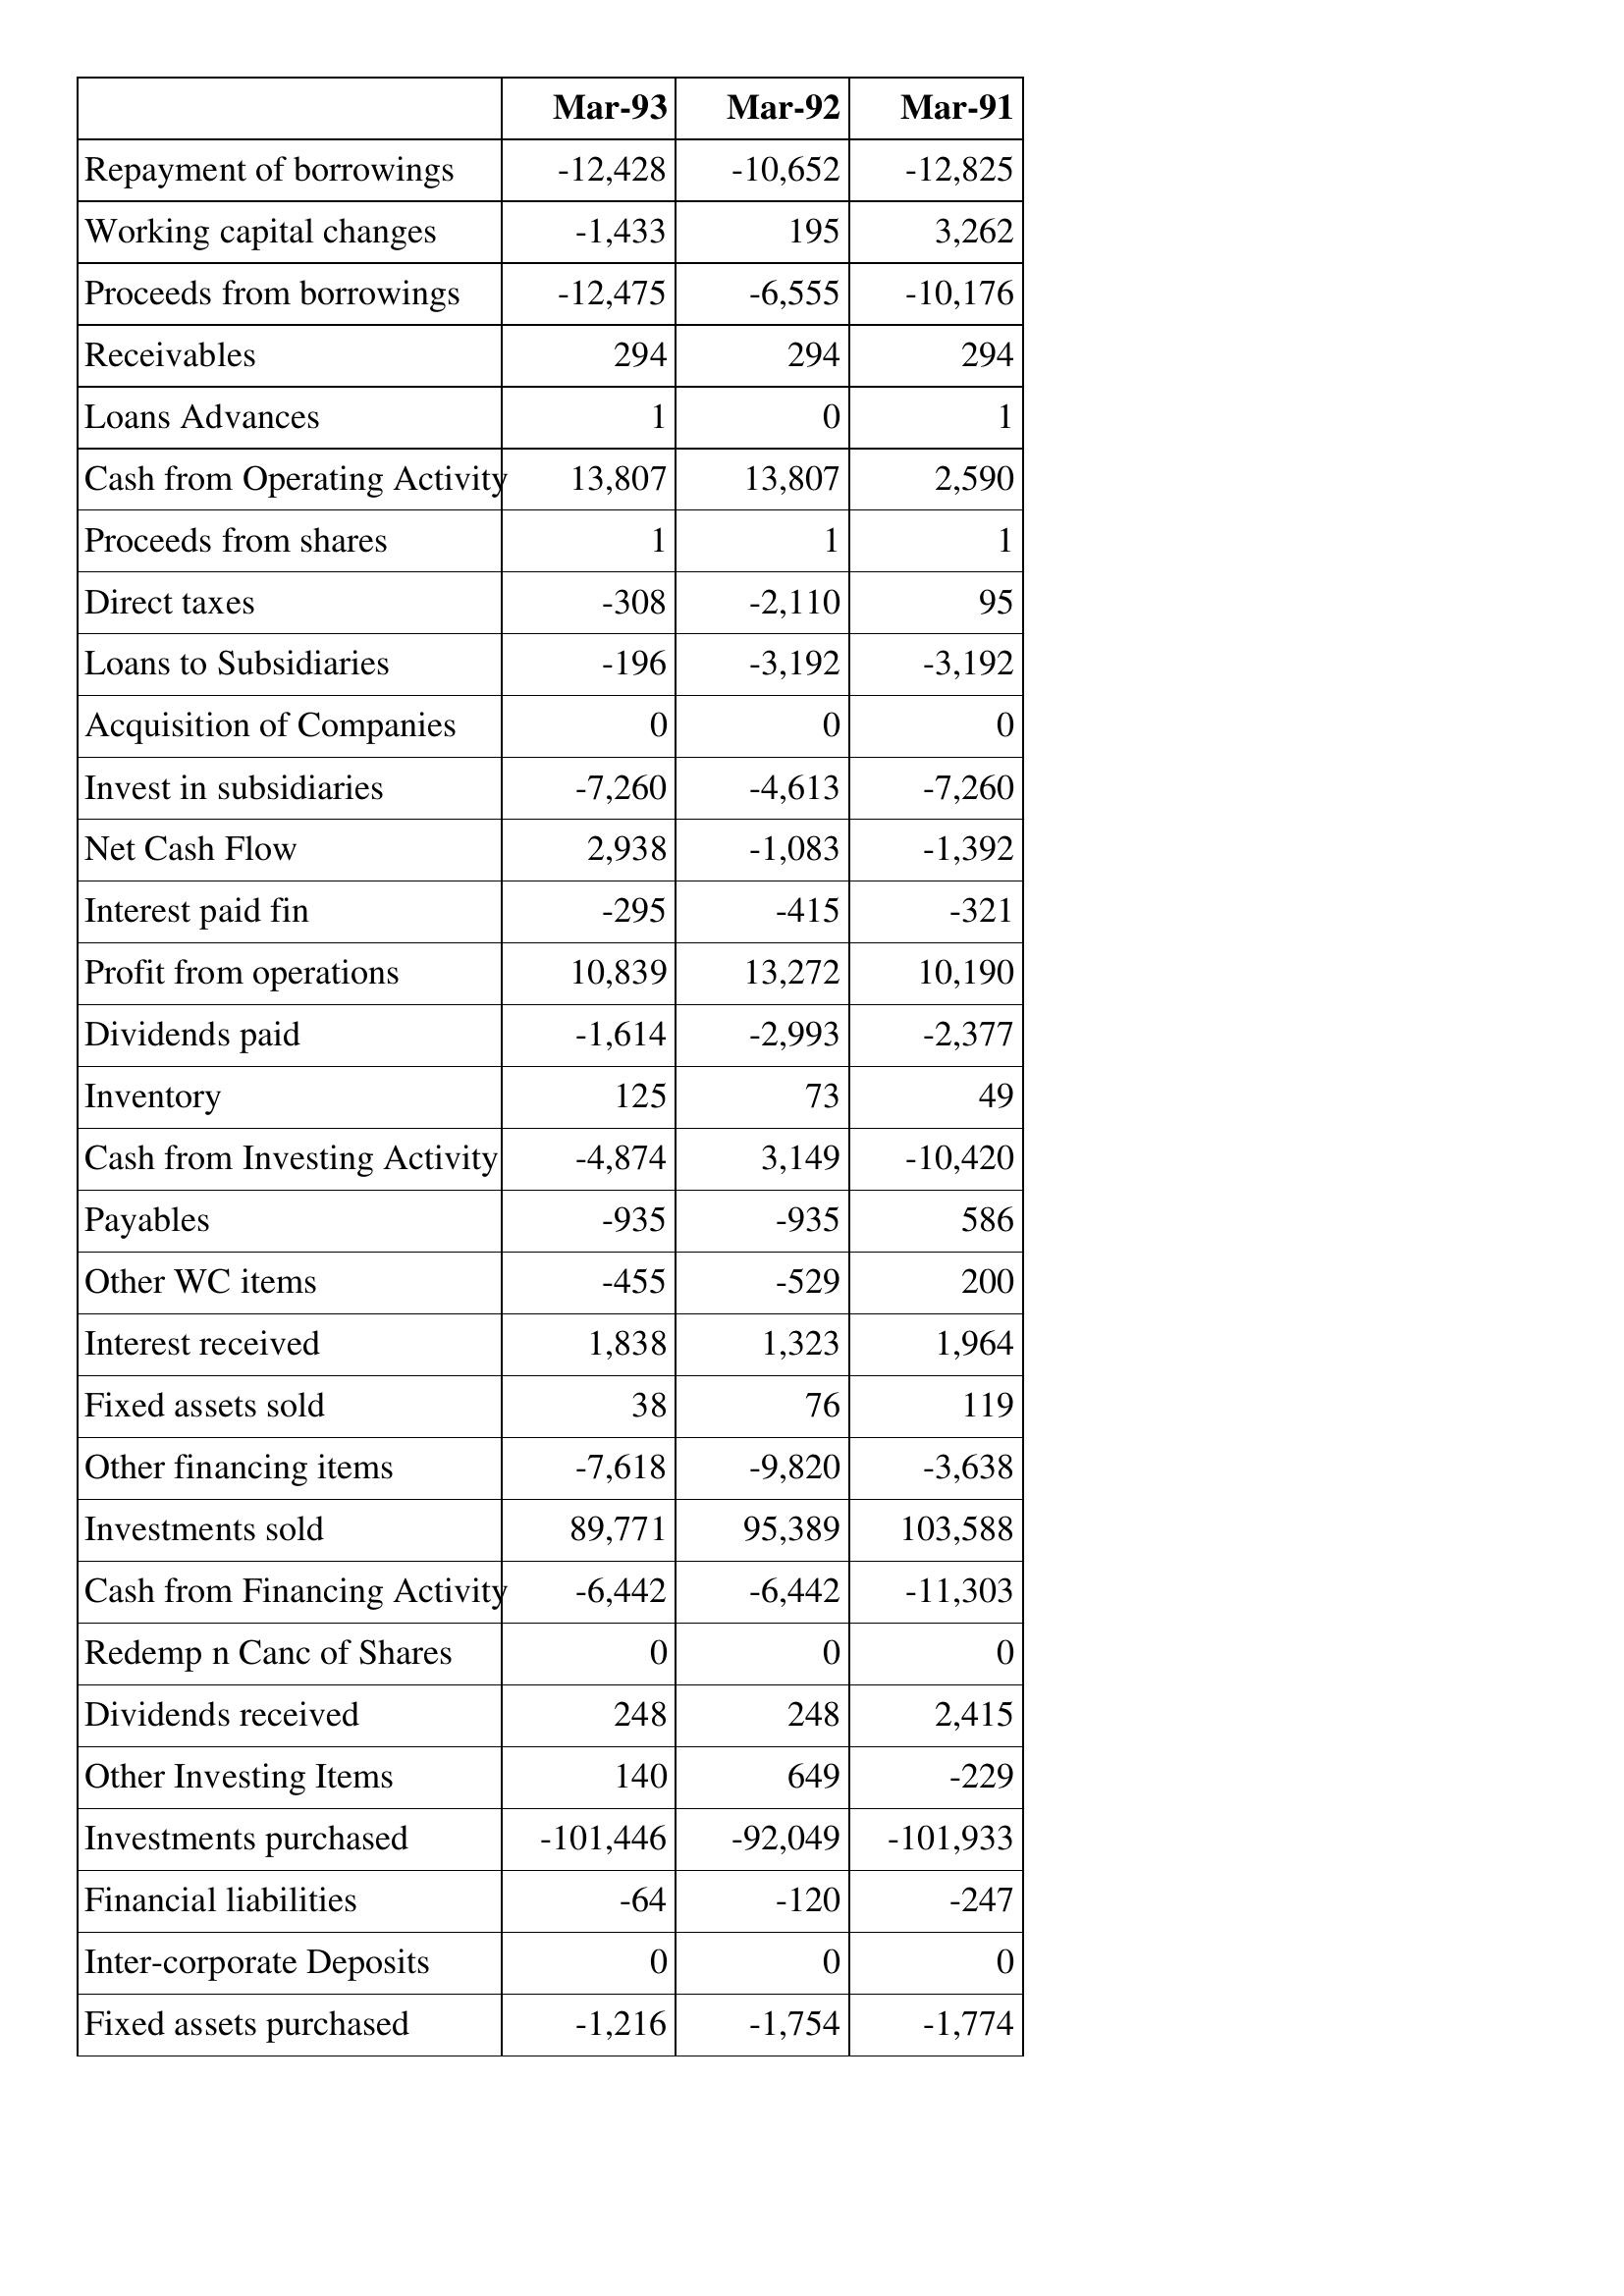
Mar-93: Cash Flows: Repayment of borrowings: -12,428
Working capital changes: -1,433
Proceeds from borrowings: -12,475
Receivables: 294
Loans Advances: 1
Cash from Operating Activity: 13,807
Proceeds from shares: 1
Direct taxes: -308
Loans to Subsidiaries: -196
Acquisition of Companies: 0
Invest in subsidiaries: -7,260
Net Cash Flow: 2,938
Interest paid fin: -295
Profit from operations: 10,839
Dividends paid: -1,614
Inventory: 125
Cash from Investing Activity: -4,874
Payables: -935
Other WC items: -455
Interest received: 1,838
Fixed assets sold: 38
Other financing items: -7,618
Investments sold: 89,771
Cash from Financing Activity: -6,442
Redemp n Canc of Shares: 0
Dividends received: 248
Other Investing Items: 140
Investments purchased: -101,446
Financial liabilities: -64
Inter-corporate Deposits: 0
Fixed assets purchased: -1,216
Mar-92: Cash Flows: Repayment of borrowings: -10,652
Working capital changes: 195
Proceeds from borrowings: -6,555
Receivables: 294
Loans Advances: 0
Cash from Operating Activity: 13,807
Proceeds from shares: 1
Direct taxes: -2,110
Loans to Subsidiaries: -3,192
Acquisition of Companies: 0
Invest in subsidiaries: -4,613
Net Cash Flow: -1,083
Interest paid fin: -415
Profit from operations: 13,272
Dividends paid: -2,993
Inventory: 73
Cash from Investing Activity: 3,149
Payables: -935
Other WC items: -529
Interest received: 1,323
Fixed assets sold: 76
Other financing items: -9,820
Investments sold: 95,389
Cash from Financing Activity: -6,442
Redemp n Canc of Shares: 0
Dividends received: 248
Other Investing Items: 649
Investments purchased: -92,049
Financial liabilities: -120
Inter-corporate Deposits: 0
Fixed assets purchased: -1,754
Mar-91: Cash Flows: Repayment of borrowings: -12,825
Working capital changes: 3,262
Proceeds from borrowings: -10,176
Receivables: 294
Loans Advances: 1
Cash from Operating Activity: 2,590
Proceeds from shares: 1
Direct taxes: 95
Loans to Subsidiaries: -3,192
Acquisition of Companies: 0
Invest in subsidiaries: -7,260
Net Cash Flow: -1,392
Interest paid fin: -321
Profit from operations: 10,190
Dividends paid: -2,377
Inventory: 49
Cash from Investing Activity: -10,420
Payables: 586
Other WC items: 200
Interest received: 1,964
Fixed assets sold: 119
Other financing items: -3,638
Investments sold: 103,588
Cash from Financing Activity: -11,303
Redemp n Canc of Shares: 0
Dividends received: 2,415
Other Investing Items: -229
Investments purchased: -101,933
Financial liabilities: -247
Inter-corporate Deposits: 0
Fixed assets purchased: -1,774